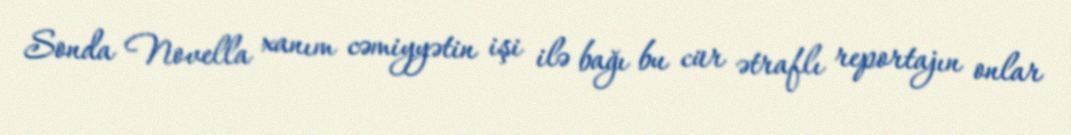
Sonda Novella xanım cəmiyyətin işi ilə bağı bu cür ətraflı reportajın onlar